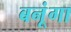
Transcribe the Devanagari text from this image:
बनूंगा